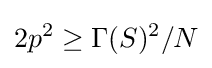
2p^{2}\geq \Gamma (S)^{2}/N